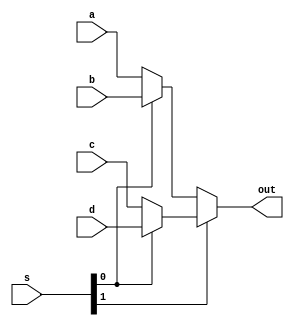
module mux_4x1(
    input [31:0] a,
    input [31:0] b,
    input [31:0] c,
    input [31:0] d,
    input [1:0] s,
    output [31:0] out
    );
    
    assign out= s[1] ? (s[0] ? d : c) : (s[0] ? b : a);
    
endmodule